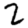
Digit: 2